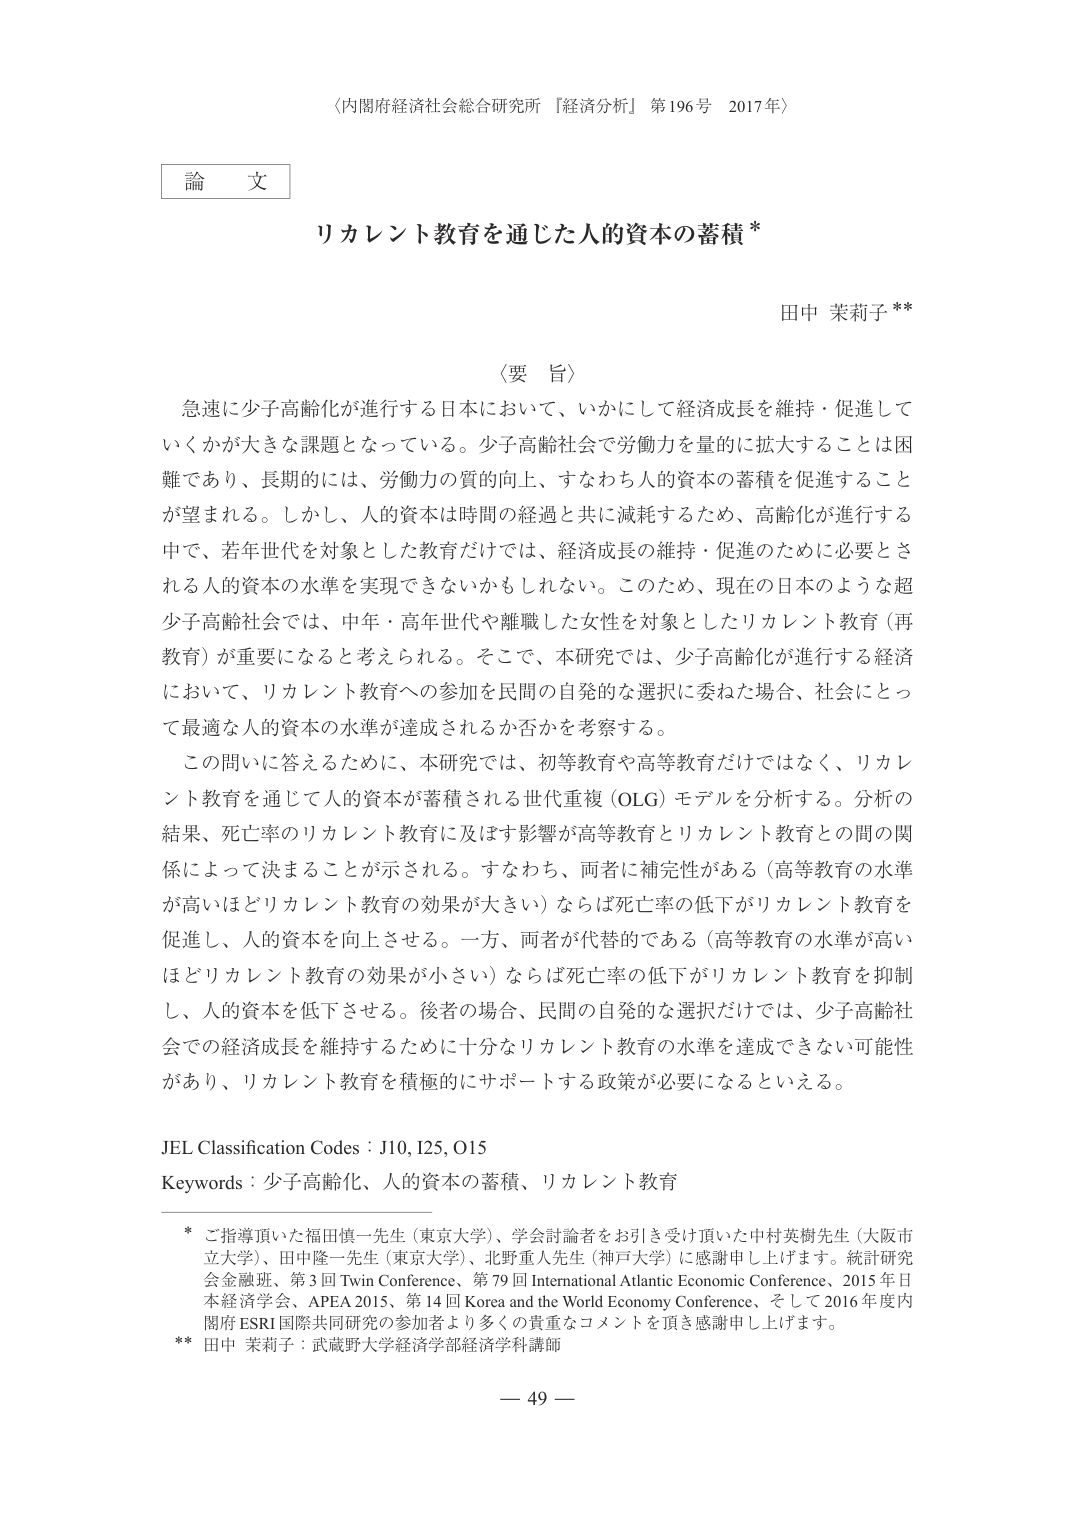
〈内閣府経済社会総合研究所『経済分析』第196号 2017年〉

論文

リカレント教育を通じた人的資本の蓄積*

田中 茉莉子**

〈要旨〉

急速に少子高齢化が進行する日本において、いかにして経済成長を維持・促進していくかが大きな課題となっている。少子高齢社会で労働力を量的に拡大することは困難であり、長期的には、労働力の質的向上、すなわち人的資本の蓄積を促進することが望まれる。しかし、人的資本は時間の経過と共に減耗するため、高齢化が進行する中で、若年世代を対象とした教育だけでは、経済成長の維持・促進のために必要とされる人的資本の水準を実現できないかもしれない。このため、現在の日本のような超少子高齢社会では、中年・高年世代や離職した女性を対象としたリカレント教育（再教育）が重要になると考えられる。そこで、本研究では、少子高齢化が進行する経済において、リカレント教育への参加を民間の自発的な選択に委ねた場合、社会にとって最適な人的資本の水準が達成されるか否かを考察する。

この問いに答えるために、本研究では、初等教育や高等教育だけではなく、リカレント教育を通じて人的資本が蓄積される世代重複（OLG）モデルを分析する。分析の結果、死亡率のリカレント教育に及ぼす影響が高等教育とリカレント教育との間の関係によって決まることが示される。すなわち、両者が補完性がある（高等教育の水準が高いほどリカレント教育の効果が大きい）ならば死亡率の低下がリカレント教育を促進し、人的資本を向上させる。一方、両者が代替的である（高等教育の水準が高いほどリカレント教育の効果が小さい）ならば死亡率の低下がリカレント教育を抑制し、人的資本を低下させる。後者の場合、民間の自発的な選択だけでは、少子高齢社会での経済成長を維持するために十分なリカレント教育の水準を達成できない可能性があり、リカレント教育を積極的にサポートする政策が必要になるといえる。

JEL Classification Codes：J10, I25, O15
Keywords：少子高齢化、人的資本の蓄積、リカレント教育

* ご指導頂いた福田慎一先生（東京大学）、学会討論者をお引き受け頂いた中村英樹先生（大阪市立大学）、田中隆一先生（東京大学）、北野重人先生（神戸大学）に感謝申し上げます。統計研究会金融班、第3回 Twin Conference、第79回 International Atlantic Economic Conference、2015年日本経済学会、APEA 2015、第14回 Korea and the World Economy Conference、そして2016年度内閣府 ESRI 国際共同研究の参加者より多くの貴重なコメントを頂き感謝申し上げます。

** 田中 茉莉子：武蔵野大学経済学部経済学科講師

— 49 —